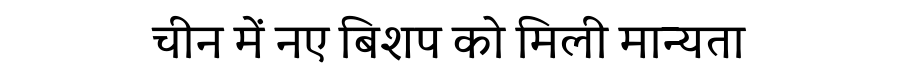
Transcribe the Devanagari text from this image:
चीन में नए बिशप को मिली मान्यता